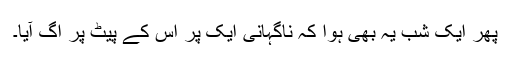
پھر ایک شب یہ بھی ہوا کہ ناگہانی ایک پر اس کے پیٹ پر اگ آیا۔